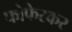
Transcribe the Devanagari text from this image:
फोफेरकर